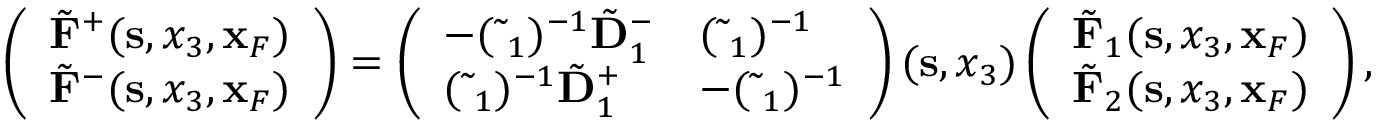
\begin{array} { r l r } & { } & { \left( \begin{array} { l } { \tilde { \bf F } ^ { + } ( { \bf s } , x _ { 3 } , { \bf x } _ { F } ) } \\ { \tilde { \bf F } ^ { - } ( { \bf s } , x _ { 3 } , { \bf x } _ { F } ) } \end{array} \right) = \left( \begin{array} { l l } { - ( \tilde { \bf \Delta } _ { 1 } ) ^ { - 1 } \tilde { \bf D } _ { 1 } ^ { - } } & { ( \tilde { \bf \Delta } _ { 1 } ) ^ { - 1 } } \\ { ( \tilde { \bf \Delta } _ { 1 } ) ^ { - 1 } \tilde { \bf D } _ { 1 } ^ { + } } & { - ( \tilde { \bf \Delta } _ { 1 } ) ^ { - 1 } } \end{array} \right) ( { \bf s } , x _ { 3 } ) \left( \begin{array} { l } { \tilde { \bf F } _ { 1 } ( { \bf s } , x _ { 3 } , { \bf x } _ { F } ) } \\ { \tilde { \bf F } _ { 2 } ( { \bf s } , x _ { 3 } , { \bf x } _ { F } ) } \end{array} \right) , } \end{array}